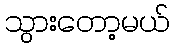
သွားတော့မယ်